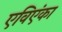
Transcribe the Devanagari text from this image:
एविएंका